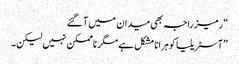
“ رمیز راجہ بھی میدان میں آ گئے
”آسٹریلیا کو ہرانا مشکل ہے مگر ناممکن نہیں لیکن۔